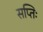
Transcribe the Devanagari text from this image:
सप्तिः